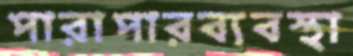
পারাপারব্যবস্থা